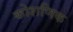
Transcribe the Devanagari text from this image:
कोशणिक